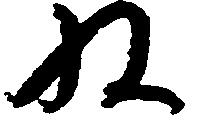
ね